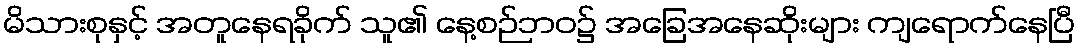
မိသားစုနှင့် အတူနေရခိုက် သူ၏ နေ့စဉ်ဘဝ၌ အခြေအနေဆိုးများ ကျရောက်နေပြီ